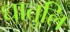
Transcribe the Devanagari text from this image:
धातुलि